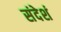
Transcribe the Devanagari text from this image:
संदेशं